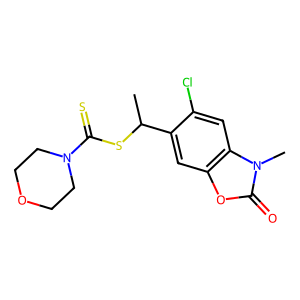
SMILES: CC(SC(=S)N1CCOCC1)c1cc2oc(=O)n(C)c2cc1Cl
Inhibits HIV replication: No